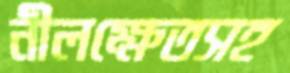
নীলক্ষেতসহ